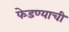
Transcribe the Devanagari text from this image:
फेडण्याची